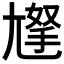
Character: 𡰀